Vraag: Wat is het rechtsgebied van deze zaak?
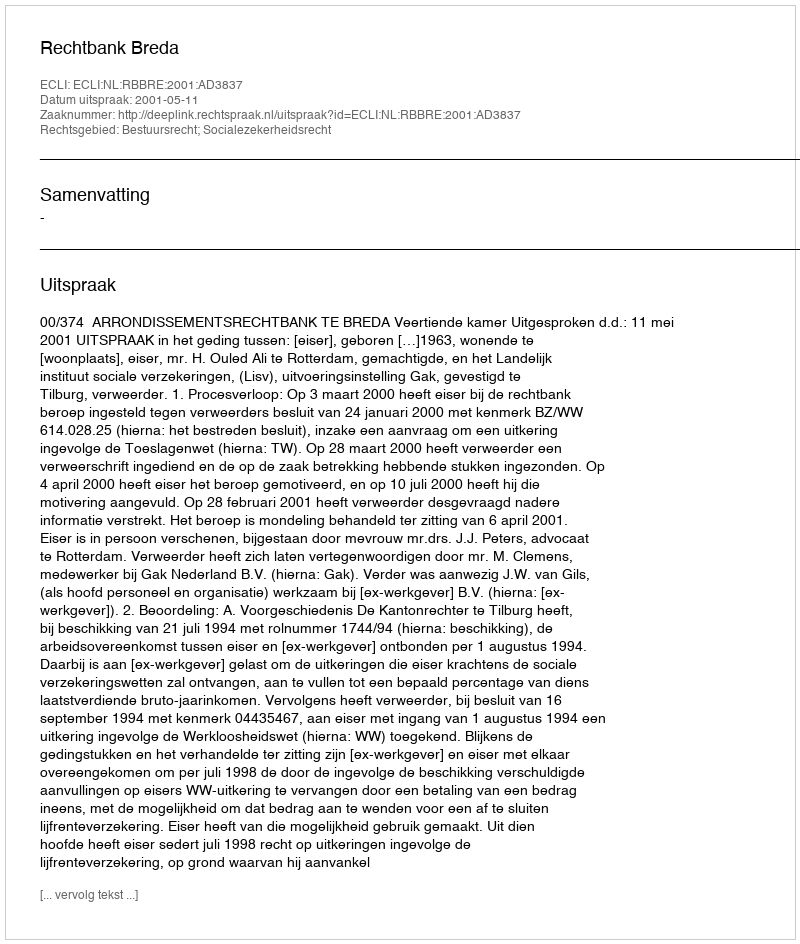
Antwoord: Bestuursrecht; Socialezekerheidsrecht